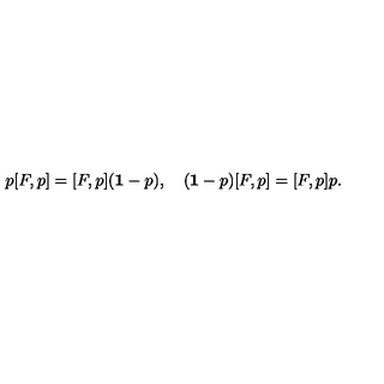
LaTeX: p [ F , p ] = [ F , p ] ( { \bf 1 } - p ) , \quad ( { \bf 1 } - p ) [ F , p ] = [ F , p ] p .